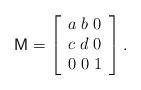
LaTeX: \begin{align*}\mathsf{M}=\left[\begin{array}{lll}a\; b\; 0\\c\; d\; 0\\0\; 0\; 1\end{array}\right].\end{align*}